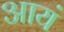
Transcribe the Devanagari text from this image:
आयं